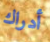
أدراك